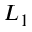
L _ { 1 }